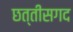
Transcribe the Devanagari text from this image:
छत्तीसगद